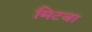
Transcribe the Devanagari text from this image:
मिटवा